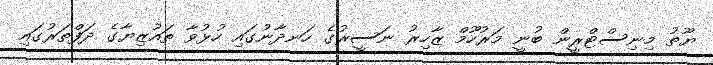
ޔޫތު މިނިސްޓްރީން ބުނީ މަރުހޫމް ޒާހިރު ނަސީރުގެ ހަނދާނުގައި ހުޅުވާ ތައުޒިޔާގެ ދަފްތަރުގައި